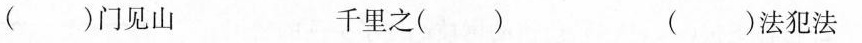
( )门见山 千里之( ) ( )法犯法